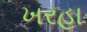
ખરહા